Document type: Community of property
Year: 1312
Scribe: Pere Amorós
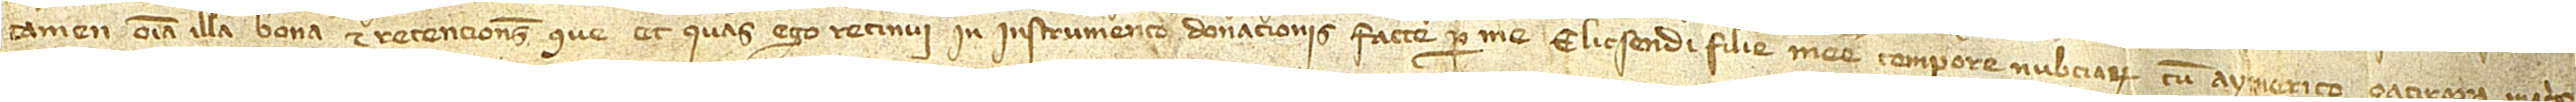
tamen omnia illa bona et retenciones que et quas ego retinui in instrumento donacionis facte per me Elicsendi, filie mee, tempore nubciarum cum Aymerico Çacirera, matris